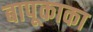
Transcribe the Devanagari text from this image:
बापूकाका